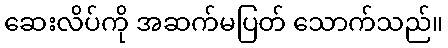
ဆေးလိပ်ကို အဆက်မပြတ် သောက်သည်။